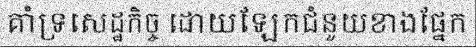
គាំទ្រសេដ្ឋកិច្ច ដោយឡែកជំនួយខាងផ្នែក